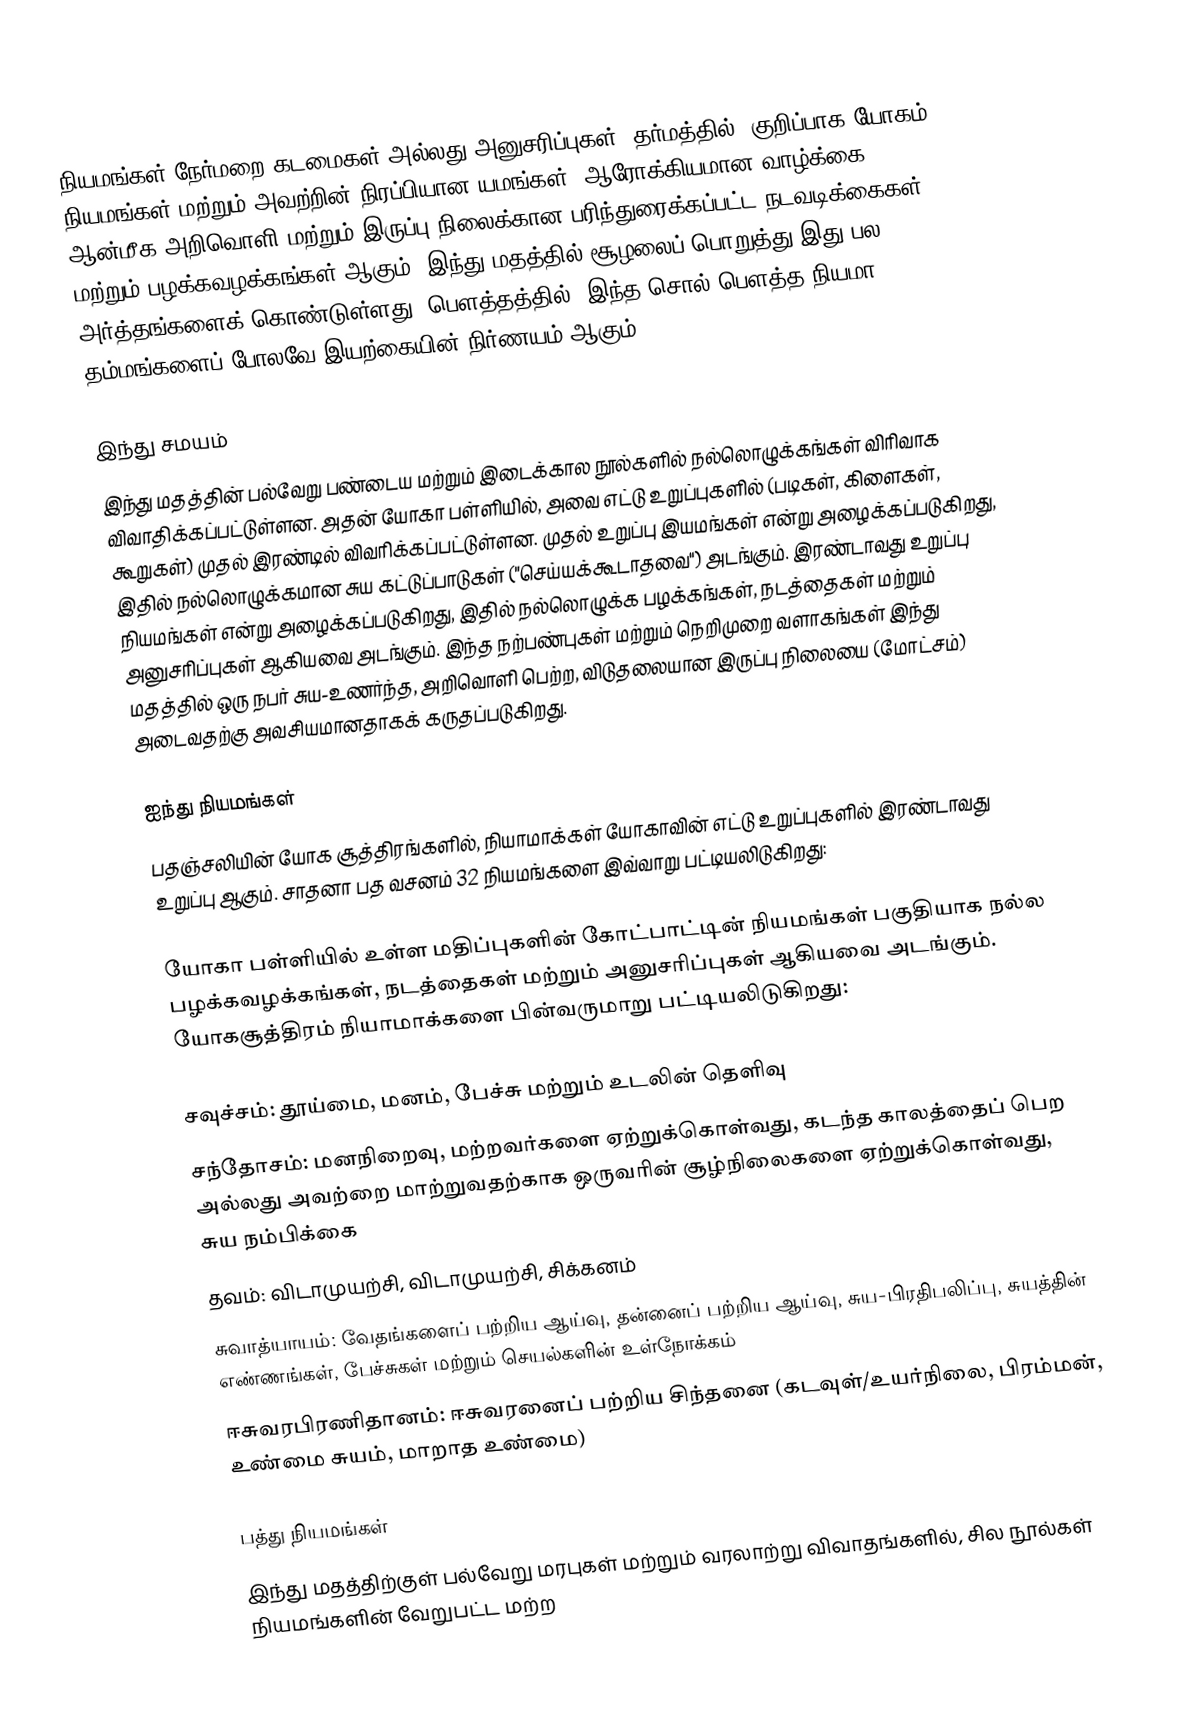
நியமங்கள் நேர்மறை கடமைகள் அல்லது அனுசரிப்புகள். தர்மத்தில், குறிப்பாக யோகம், நியமங்கள் மற்றும் அவற்றின் நிரப்பியான யமங்கள், ஆரோக்கியமான வாழ்க்கை, ஆன்மீக அறிவொளி மற்றும் இருப்பு நிலைக்கான பரிந்துரைக்கப்பட்ட நடவடிக்கைகள் மற்றும் பழக்கவழக்கங்கள் ஆகும். இந்து மதத்தில் சூழலைப் பொறுத்து இது பல அர்த்தங்களைக் கொண்டுள்ளது. பௌத்தத்தில், இந்த சொல் பௌத்த நியமா தம்மங்களைப் போலவே இயற்கையின் நிர்ணயம் ஆகும்.

இந்து சமயம்
இந்து மதத்தின் பல்வேறு பண்டைய மற்றும் இடைக்கால நூல்களில் நல்லொழுக்கங்கள் விரிவாக விவாதிக்கப்பட்டுள்ளன. அதன் யோகா பள்ளியில், அவை எட்டு உறுப்புகளில் (படிகள், கிளைகள், கூறுகள்) முதல் இரண்டில் விவரிக்கப்பட்டுள்ளன. முதல் உறுப்பு இயமங்கள்  என்று அழைக்கப்படுகிறது, இதில் நல்லொழுக்கமான சுய கட்டுப்பாடுகள் ("செய்யக்கூடாதவை") அடங்கும். இரண்டாவது உறுப்பு நியமங்கள்  என்று அழைக்கப்படுகிறது, இதில் நல்லொழுக்க பழக்கங்கள், நடத்தைகள் மற்றும் அனுசரிப்புகள் ஆகியவை அடங்கும். இந்த நற்பண்புகள் மற்றும் நெறிமுறை வளாகங்கள் இந்து மதத்தில் ஒரு நபர் சுய-உணர்ந்த, அறிவொளி பெற்ற, விடுதலையான இருப்பு நிலையை (மோட்சம்) அடைவதற்கு அவசியமானதாகக் கருதப்படுகிறது.

ஐந்து நியமங்கள்
பதஞ்சலியின் யோக சூத்திரங்களில், நியாமாக்கள் யோகாவின் எட்டு உறுப்புகளில் இரண்டாவது உறுப்பு ஆகும். சாதனா பத வசனம் 32 நியமங்களை இவ்வாறு பட்டியலிடுகிறது:

யோகா பள்ளியில் உள்ள மதிப்புகளின் கோட்பாட்டின் நியமங்கள் பகுதியாக நல்ல பழக்கவழக்கங்கள், நடத்தைகள் மற்றும் அனுசரிப்புகள் ஆகியவை அடங்கும். யோகசூத்திரம் நியாமாக்களை பின்வருமாறு பட்டியலிடுகிறது:

 சவுச்சம்: தூய்மை, மனம், பேச்சு மற்றும் உடலின் தெளிவு
 சந்தோசம்: மனநிறைவு, மற்றவர்களை ஏற்றுக்கொள்வது, கடந்த காலத்தைப் பெற அல்லது அவற்றை மாற்றுவதற்காக ஒருவரின் சூழ்நிலைகளை ஏற்றுக்கொள்வது, சுய நம்பிக்கை
 தவம்: விடாமுயற்சி, விடாமுயற்சி, சிக்கனம்
 சுவாத்யாயம்: வேதங்களைப் பற்றிய ஆய்வு, தன்னைப் பற்றிய ஆய்வு, சுய-பிரதிபலிப்பு, சுயத்தின் எண்ணங்கள், பேச்சுகள் மற்றும் செயல்களின் உள்நோக்கம்
 ஈசுவரபிரணிதானம்: ஈசுவரனைப் பற்றிய சிந்தனை (கடவுள்/உயர்நிலை, பிரம்மன், உண்மை சுயம், மாறாத உண்மை)

பத்து நியமங்கள்
இந்து மதத்திற்குள் பல்வேறு மரபுகள் மற்றும் வரலாற்று விவாதங்களில், சில நூல்கள் நியமங்களின் வேறுபட்ட மற்ற